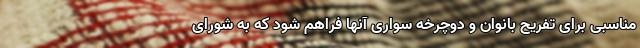
مناسبی برای تفریح بانوان و دوچرخه سواری آنها فراهم شود که به شورای